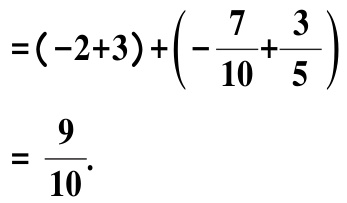
\(=(-2 + 3)+\left(-\dfrac{7}{10}+\dfrac{3}{5}\right)\)
\(=\dfrac{9}{10}\)